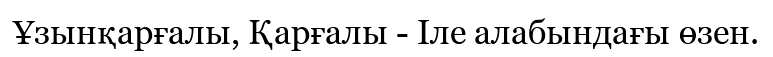
Ұзынқарғалы, Қарғалы - Іле алабындағы өзен.